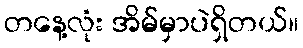
တနေ့လုံး အိမ်မှာပဲရှိတယ်။